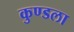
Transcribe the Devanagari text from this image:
कुण्डला